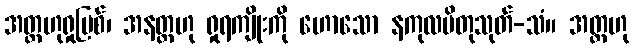
အတ္တဟုရှုပြစ်၊ အနတ္တဟု ရှုရကျိုးကို ဟောသော နကုလပိတုသုတ်-သံ။ အတ္တဟု